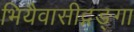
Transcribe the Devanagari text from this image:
भियैवासीद्गङ्गा